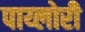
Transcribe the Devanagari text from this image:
पाय्लोरी